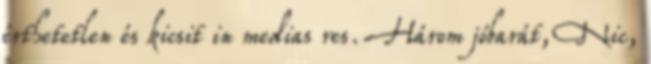
érthetetlen és kicsit in medias res. Három jóbarát, Nic,